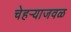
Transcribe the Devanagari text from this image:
चेहर्‍याजवळ